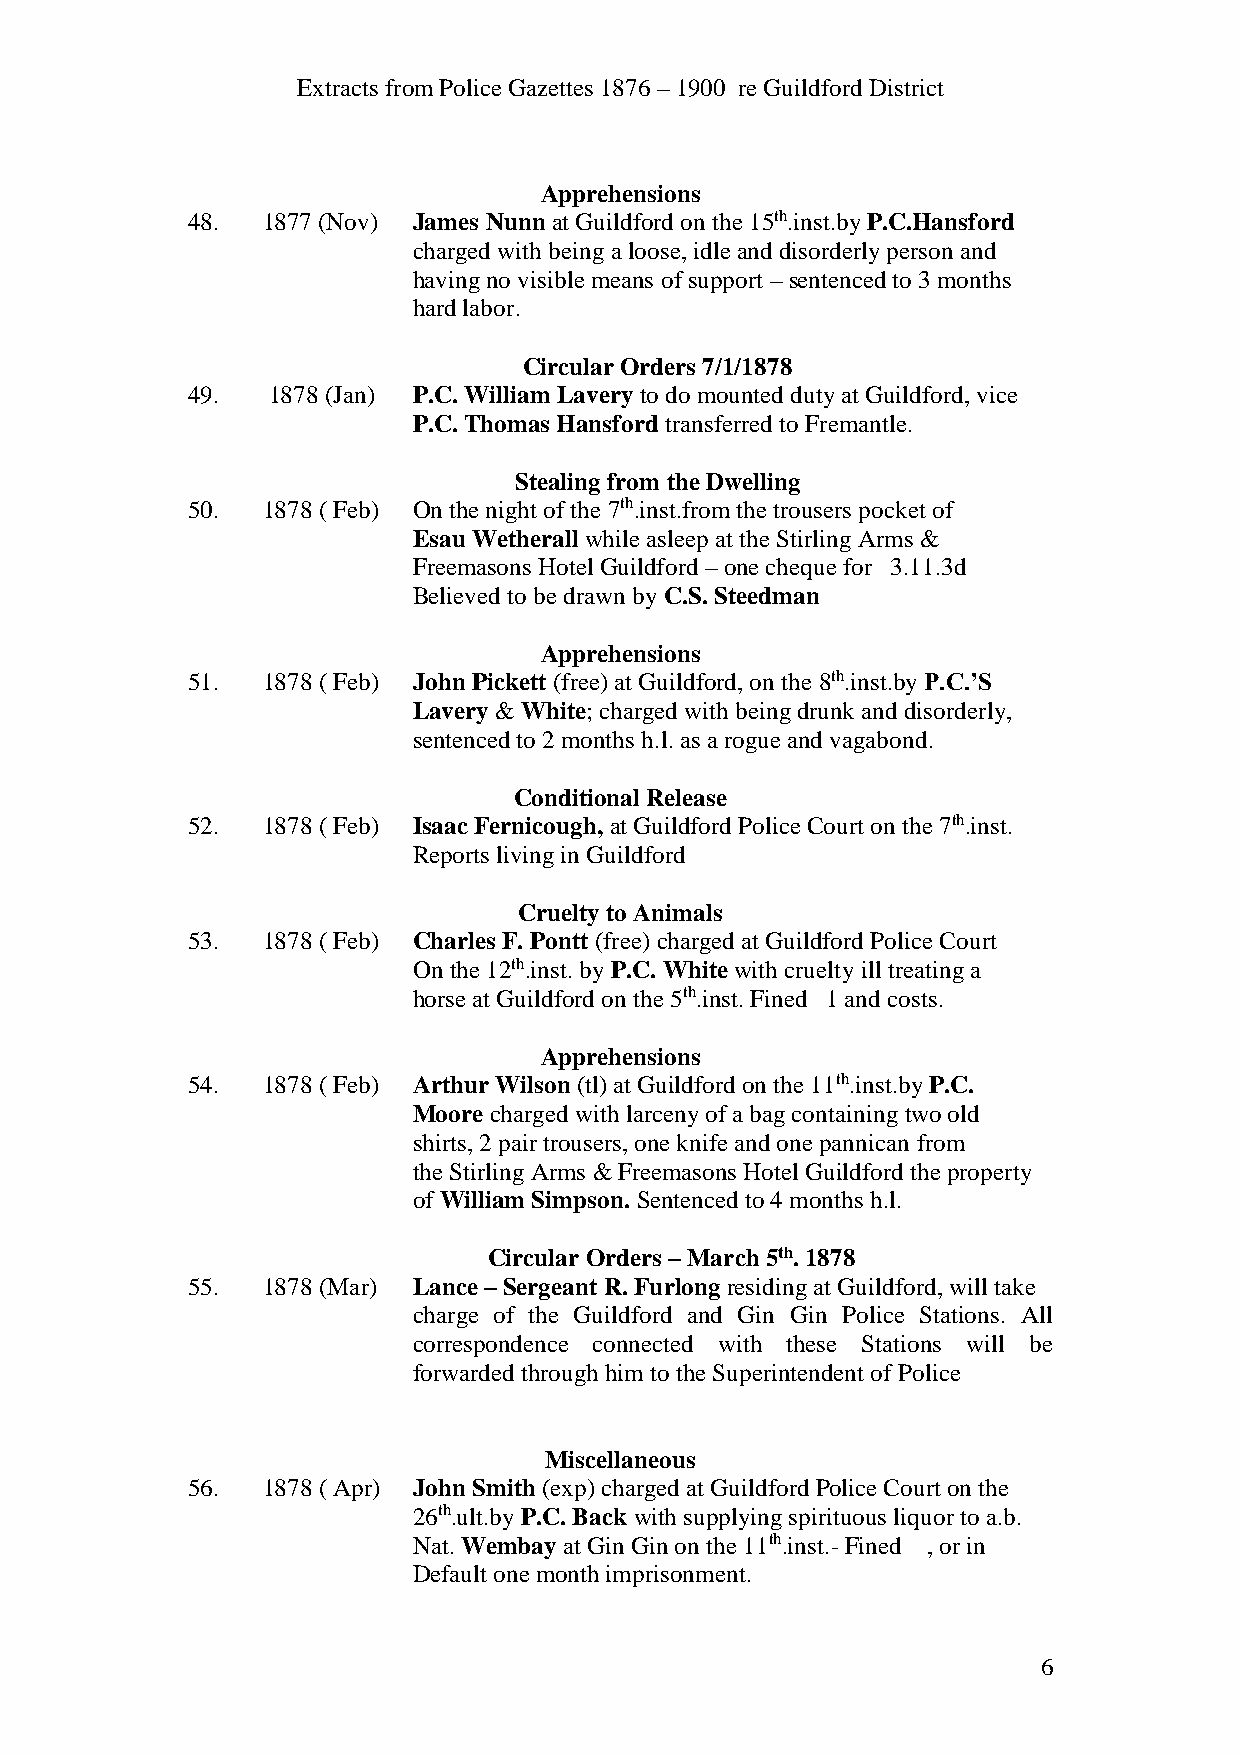
Extracts from Police Gazettes 1876 – 1900 re Guildford District
 Apprehensions
 48.  1877 (Nov) James Nunn at Guildford on the 15th.inst.by P.C.Hansford
 charged with being a loose, idle and disorderly person and
 having no visible means of support – sentenced to 3 months
 hard labor.
 Circular Orders 7/1/1878
 49.   1878 (Jan) P.C. William Lavery to do mounted duty at Guildford, vice
 P.C. Thomas Hansford transferred to Fremantle.
 Stealing from the Dwelling
 50.  1878 ( Feb) On the night of the 7th.inst.from the trousers pocket of
 Esau Wetherall while asleep at the Stirling Arms &
 Freemasons Hotel Guildford – one cheque for 3.11.3d
 Believed to be drawn by C.S. Steedman
 Apprehensions
 51.  1878 ( Feb) John Pickett (free) at Guildford, on the 8th.inst.by P.C.’S
 Lavery & White; charged with being drunk and disorderly,
 sentenced to 2 months h.l. as a rogue and vagabond.
 Conditional Release
 52.  1878 ( Feb) Isaac Fernicough, at Guildford Police Court on the 7th.inst.
 Reports living in Guildford
 Cruelty to Animals
 53.  1878 ( Feb) Charles F. Pontt (free) charged at Guildford Police Court
 On the 12th.inst. by P.C. White with cruelty ill treating a
 horse at Guildford on the 5th.inst. Fined 1 and costs.
 Apprehensions
 54.  1878 ( Feb) Arthur Wilson (tl) at Guildford on the 11th.inst.by P.C.
 Moore charged with larceny of a bag containing two old
 shirts, 2 pair trousers, one knife and one pannican from
 the Stirling Arms & Freemasons Hotel Guildford the property
 of William Simpson. Sentenced to 4 months h.l.
 Circular Orders – March 5th. 1878
 55.  1878 (Mar) Lance – Sergeant R. Furlong residing at Guildford, will take
 charge of the Guildford and Gin Gin Police Stations. All
 correspondence connected with these Stations will be
 forwarded through him to the Superintendent of Police
 Miscellaneous
 56.  1878 ( Apr) John Smith (exp) charged at Guildford Police Court on the
 26th.ult.by P.C. Back with supplying spirituous liquor to a.b.
 Nat. Wembay at Gin Gin on the 11th.inst.- Fined , or in
 Default one month imprisonment.
 6